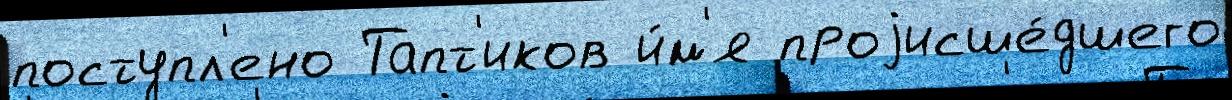
поступл'ено Тапт'иков и́м'я проjисше́дшего